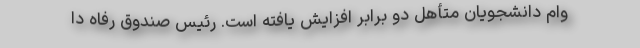
وام دانشجویان متأهل دو برابر افزایش یافته است. رئیس صندوق رفاه دا